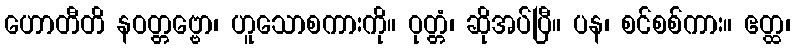
ဟောတီတိ နဝတ္တဗ္ဗော၊ ဟူသောစကားကို။ ဝုတ္တံ၊ ဆိုအပ်ပြီ။ ပန၊ စင်စစ်ကား။ ဧတ္ထ၊